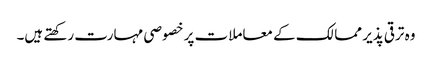
وہ ترقی پذیر ممالک کے معاملات پر خصوصی مہارت رکھتے ہیں۔